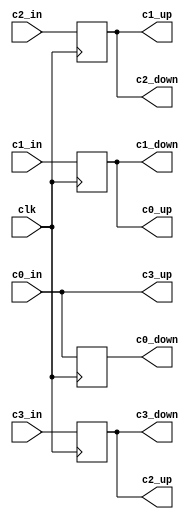
module value_buffer_1(
	clk,
	c0_in,
	c1_in,
	c2_in,
	c3_in,
	c0_up,
	c1_up,
	c2_up,
	c3_up,
	c0_down,
	c1_down,
	c2_down,
	c3_down
);
input  clk;
input  [63:0] c0_in;
input  [63:0] c1_in;
input  [63:0] c2_in;
input  [63:0] c3_in;
output [63:0] c0_up;
output [63:0] c1_up;
output [63:0] c2_up;
output [63:0] c3_up;
output [63:0] c0_down;
output [63:0] c1_down;
output [63:0] c2_down;
output [63:0] c3_down;
reg [63:0] buffer0;
reg [63:0] buffer1;
reg [63:0] buffer2;
reg [63:0] buffer3;
always@(posedge clk) begin
  buffer0 <= c0_in;
  buffer1 <= c1_in;
  buffer2 <= c2_in;
  buffer3 <= c3_in; 
  end
assign c0_down = buffer0;
assign c1_down = buffer1;
assign c2_down = buffer2;
assign c3_down = buffer3;
assign c0_up = buffer1;
assign c1_up = buffer2;
assign c2_up = buffer3;
assign c3_up = c0_in;
endmodule